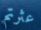
عثرتم